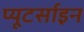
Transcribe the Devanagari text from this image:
प्यूटर्साइन